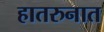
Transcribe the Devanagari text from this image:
हातरुनात